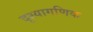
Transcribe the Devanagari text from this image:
दृश्यागणिक